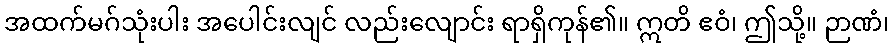
အထက်မဂ်သုံးပါး အပေါင်းလျင် လည်းလျောင်း ရာရှိကုန်၏။ ဣတိ ဧဝံ၊ ဤသို့။ ဉာဏံ၊